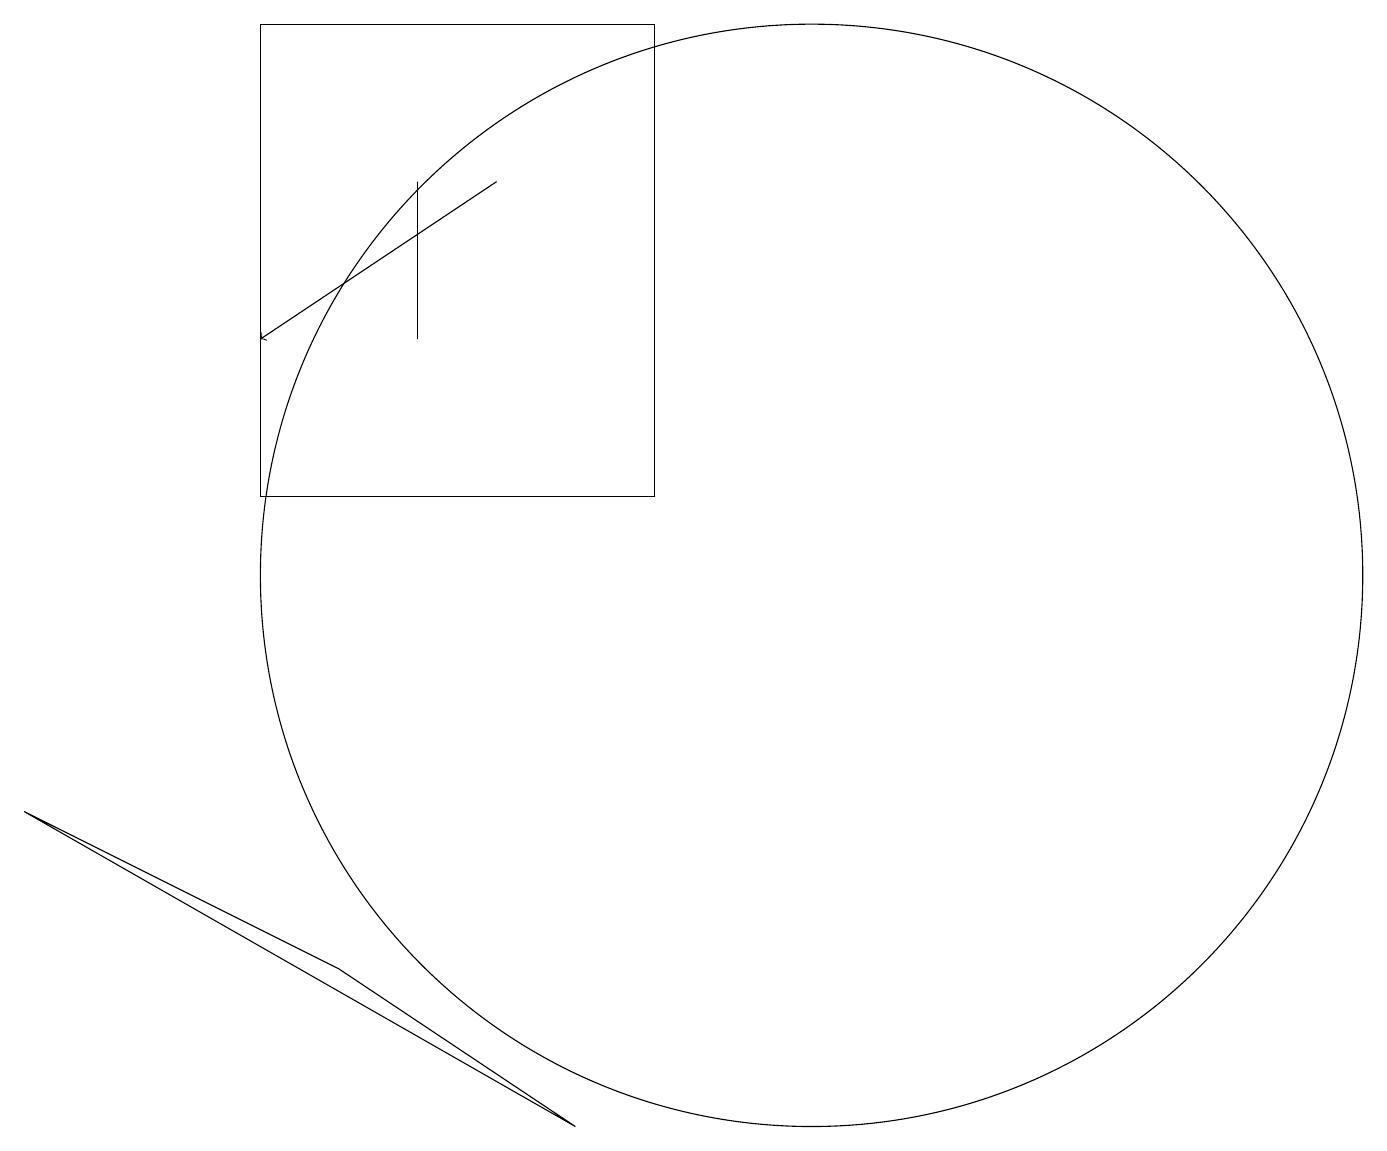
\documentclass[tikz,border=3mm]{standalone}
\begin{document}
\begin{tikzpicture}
\draw[->] (6,17) -- (3,15);
\draw (0,9) -- (4,7) -- (7,5) -- cycle;
\draw (5,15) rectangle (5,17);
\draw (10,12) circle (7);
\draw (8,13) rectangle (3,19);
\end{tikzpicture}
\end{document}